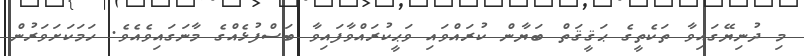
މި ދުނިޔޭގައިވާ ތަކެތީގެ ޙަޤީޤަތް ބަޔާން ކުރައްވައި ވަޙީކުރައްވާފައިވާ ބަސްފުޅެއްގެ މާނަގައިވެއެވެ. ހަމަކަށަވަރުން